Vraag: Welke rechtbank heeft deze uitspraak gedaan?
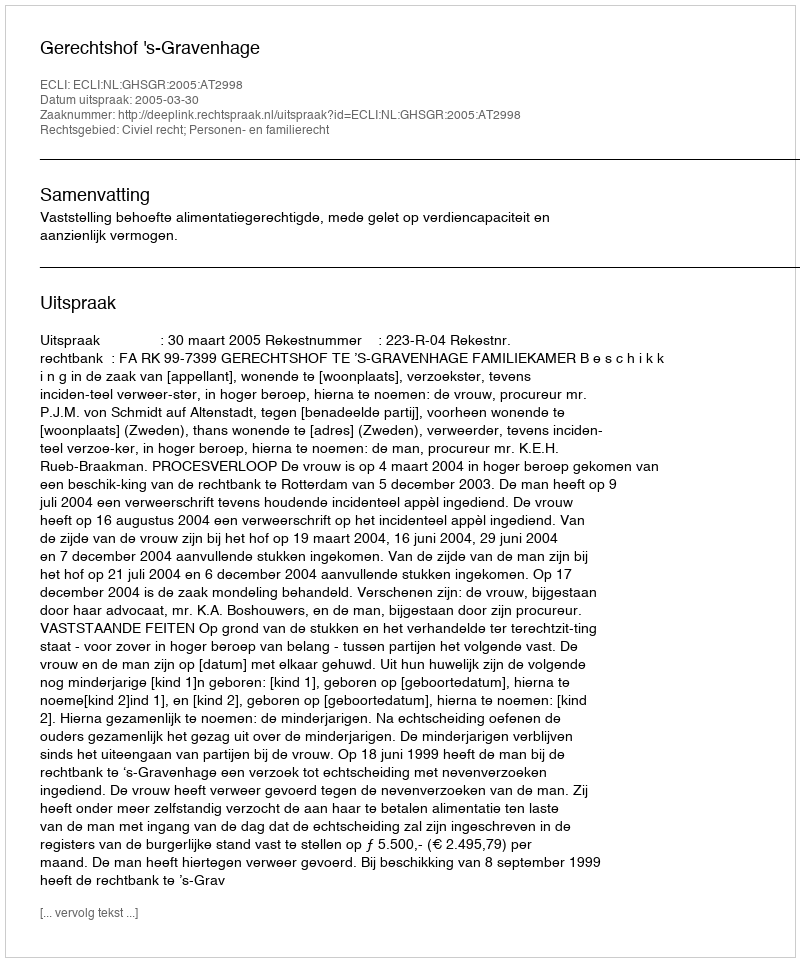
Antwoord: Gerechtshof 's-Gravenhage